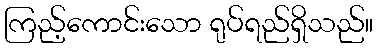
ကြည့်ကောင်းသော ရုပ်ရည်ရှိသည်။